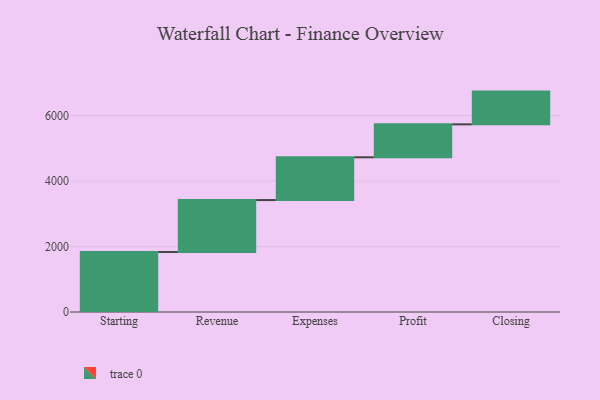
{"axis": {"x": "Step", "y": "Value"}, "legend": [""], "data": [{"x": "Starting", "y": 1834.0, "type": ""}, {"x": "Revenue", "y": 1586.0, "type": ""}, {"x": "Expenses", "y": 1307.0, "type": ""}, {"x": "Profit", "y": 1007.0, "type": ""}, {"x": "Closing", "y": 1000, "type": ""}]}